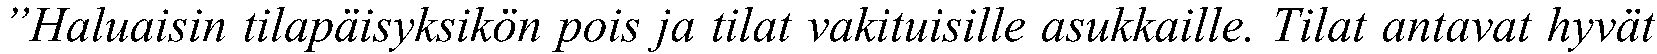
”Haluaisin tilapäisyksikön pois ja tilat vakituisille asukkaille. Tilat antavat hyvät